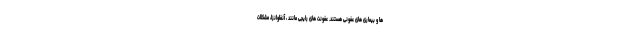
ها و بیماری های عفونی هستند. عفونت های رایجی مانند ، آنفلوانزا، مشکلات